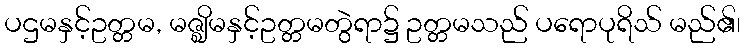
ပဌမနှင့်ဥတ္တမ, မဇ္ဈိမနှင့်ဥတ္တမတွဲရာ၌ ဥတ္တမသည် ပရောပုရိသ် မည်၏၊